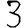
Digit: 3